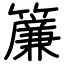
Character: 簾